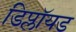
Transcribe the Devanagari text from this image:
डिप्लॉयड